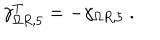
LaTeX: \gamma _ { \Omega R , 5 } ^ { T } = - \gamma _ { \Omega R , 5 } ~ .